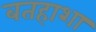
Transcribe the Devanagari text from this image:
बतहाशा